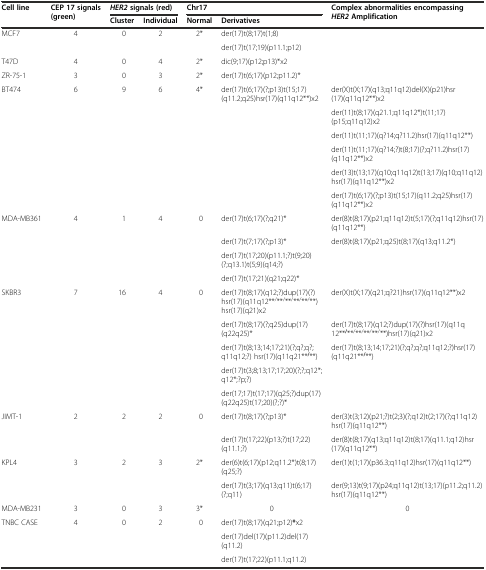
<table><thead><tr><td rowspan="2"><b>Cell line</b></td><td rowspan="2"><b>CEP 17 signals (green)</b></td><td colspan="2"><b><i>HER2</i>signals (red)</b></td><td><b>Chr17</b></td><td></td><td rowspan="2"><b>Complex abnormalities encompassing <i>HER2</i>Amplification</b></td></tr><tr><td><b>Cluster</b></td><td><b>Individual</b></td><td><b>Normal</b></td><td><b>Derivatives</b></td></tr></thead><tbody><tr><td rowspan="2">MCF7</td><td rowspan="2">4</td><td rowspan="2">0</td><td rowspan="2">2</td><td rowspan="2">2*</td><td>der(17)t(8;17)t(1;8)</td><td></td></tr><tr><td>der(17)t(17;19)(p11.1;p12)</td><td></td></tr><tr><td>T47D</td><td>4</td><td>0</td><td>4</td><td>2*</td><td>dic(9;17)(p12;p13)*x2</td><td></td></tr><tr><td>ZR-75-1</td><td>3</td><td>0</td><td>3</td><td>2*</td><td>der(17)t(6;17)(p12;p11.2)*</td><td></td></tr><tr><td rowspan="6">BT474</td><td rowspan="6">6</td><td rowspan="6">9</td><td rowspan="6">6</td><td rowspan="6">4*</td><td rowspan="6">der(17)t(6;17)(?;p13)t(15;17)(q11.2;q25)hsr(17)(q11q12**)x2</td><td>der(X)t(X;17)(q13;q11q12)del(X)(p21)hsr(17)(q11q12**)x2</td></tr><tr><td>der(11)t(8;17)(q21.1;q11q12*)t(11;17)(p15;q11q12)x2</td></tr><tr><td>der(11)t(11;17)(q?14;q?11.2)hsr(17)(q11q12**)</td></tr><tr><td>der(11)t(11;17)(q?14;?)t(8;17)(?;q?11.2)hsr(17)(q11q12**)x2</td></tr><tr><td>der(13)t(13;17)(q10;q11q12)t(13;17)(q10;q11q12)hsr(17)(q11q12**)x2</td></tr><tr><td>der(17)t(6;17)(?;p13)t(15;17)(q11.2;q25)hsr(17)(q11q12**)x2</td></tr><tr><td rowspan="4">MDA-MB361</td><td rowspan="4">4</td><td rowspan="4">1</td><td rowspan="4">4</td><td rowspan="4">0</td><td>der(17)t(6;17)(?;q21)*</td><td>der(8)t(8;17)(p21;q11q12)t(5;17)(?;q11q12)hsr(17)(q11q12**)</td></tr><tr><td>der(17)t(7;17)(?;p13)*</td><td>der(8)t(8;17)(p21;q25)t(8;17)(q13;q11.2*)</td></tr><tr><td>der(17)t(17;20)(p11.1;?)t(9;20)(?;q13.1)t(5;9)(q14;?)</td><td></td></tr><tr><td>der(17)t(17;21)(q21;q22)*</td><td></td></tr><tr><td rowspan="5">SKBR3</td><td rowspan="5">7</td><td rowspan="5">16</td><td rowspan="5">4</td><td rowspan="5">0</td><td>der(17)t(8;17)(q12;?)dup(17)(?)hsr(17)(q11q12**<sup>/</sup>**<sup>/</sup>**<sup>/</sup>**<sup>/</sup>**<sup>/</sup>**) hsr(17)(q21)x2</td><td>der(X)t(X;17)(q21;q?21)hsr(17)(q11q12**)x2</td></tr><tr><td>der(17)t(8;17)(?;q25)dup(17)(q22q25)*</td><td>der(17)t(8;17)(q12;?)dup(17)(?)hsr(17)(q11q12**<sup><b>/</b></sup>**<sup>/</sup>**<sup>/</sup>**<sup>/</sup>**<sup>/</sup>**)hsr(17)(q21)x2</td></tr><tr><td>der(17)t(8;13;14;17;21)(?;q?;q?;q11q12;?) hsr(17)(q11q21**<sup><b>/</b></sup>**)</td><td>der(17)t(8;13;14;17;21)(?;q?;q?;q11q12;?)hsr(17)(q11q21**<sup><b>/</b></sup>**)</td></tr><tr><td>der(17)t(3;8;13;17;17;20)(?;?;q12*;q12*;?p;?)</td><td></td></tr><tr><td>der(17;17)t(17;17)(q25;?)dup(17)(q22q25)t(17;20)(?;?)*</td><td></td></tr><tr><td rowspan="2">JIMT-1</td><td rowspan="2">2</td><td rowspan="2">2</td><td rowspan="2">2</td><td rowspan="2">0</td><td>der(17)t(8;17)(?;p13)*</td><td>der(3)t(3;12)(p21;?)t(2;3)(?;q12)t(2;17)(?;q11q12)hsr(17)(q11q12**)</td></tr><tr><td>der(17)t(17;22)(p13;?)t(17;22)(q11.1;?)</td><td>der(8)t(8;17)(q13;q11q12)t(8;17)(q11.1;q12)hsr(17)(q11q12**)</td></tr><tr><td rowspan="2">KPL4</td><td rowspan="2">3</td><td rowspan="2">2</td><td rowspan="2">3</td><td rowspan="2">2*</td><td>der(6)t(6;17)(p12;q11.2*)t(8;17)(q25;?)</td><td>der(1)t(1;17)(p36.3;q11q12)hsr(17)(q11q12**)</td></tr><tr><td>der(17)t(3;17)(q13;q11)t(6;17)(?;q11)</td><td>der(9;13)t(9;17)(p24;q11q12)t(13;17)(p11.2;q11.2)hsr(17)(q11q12**)</td></tr><tr><td>MDA-MB231</td><td>3</td><td>0</td><td>3</td><td>3*</td><td>0</td><td>0</td></tr><tr><td rowspan="3">TNBC CASE</td><td rowspan="3">4</td><td rowspan="3">0</td><td rowspan="3">2</td><td rowspan="3">0</td><td>der(17)t(8;17)(q21;p12)<b>*</b>x2</td><td></td></tr><tr><td>der(17)del(17)(p11.2)del(17)(q11.2)</td><td></td></tr><tr><td>der(17)t(17;22)(p11.1;q11.2)</td><td></td></tr></tbody></table>